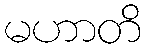
မဟာတိ